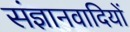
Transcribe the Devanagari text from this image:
संज्ञानवादियों